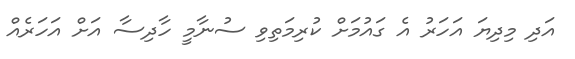
އަދި މިދިޔަ އަހަރު އެ ގައުމަށް ކުރިމަތިވި ސުނާމީ ހާދިސާ އަށް އަހަރެއް